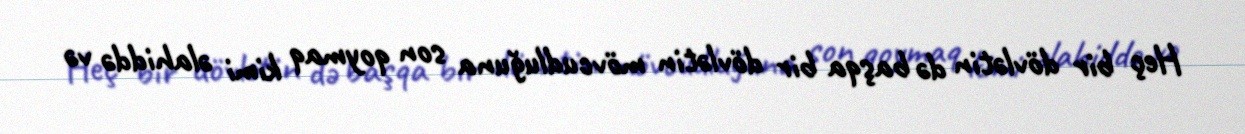
Heç bir dövlətin də başqa bir dövlətin mövcudluğuna son qoymaq kimi əlahiddə və